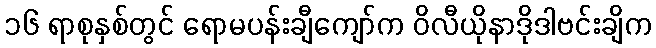
၁၆ ရာစုနှစ်တွင် ရောမပန်းချီကျော်က ဝိလီယိုနာဒိုဒါဗင်းချိက